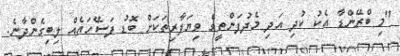
"މި ބްރޭންޑާ އެކު ކުދި އަދި މެދުފަންތީގެ ވިޔަފާރިތަކަށް ބޮޑު ފަސޭހައެއް ލިބިގެންދާނެ.